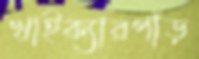
খাইক্যারপাড়